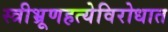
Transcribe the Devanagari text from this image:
स्त्रीभ्रूणहत्येविरोधात